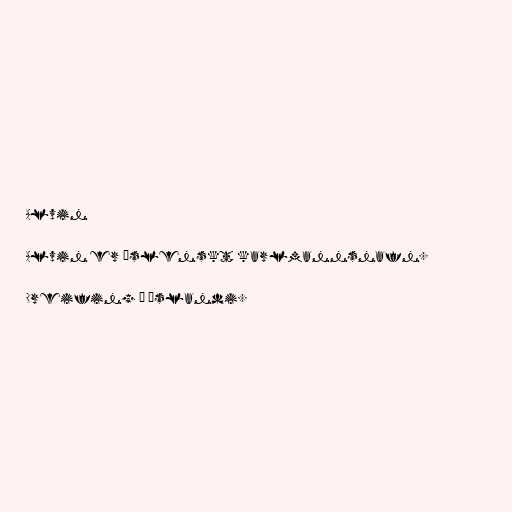
Alvin

Alvin er íslenskt karlmannsnafn.

Dreifing á Íslandi.